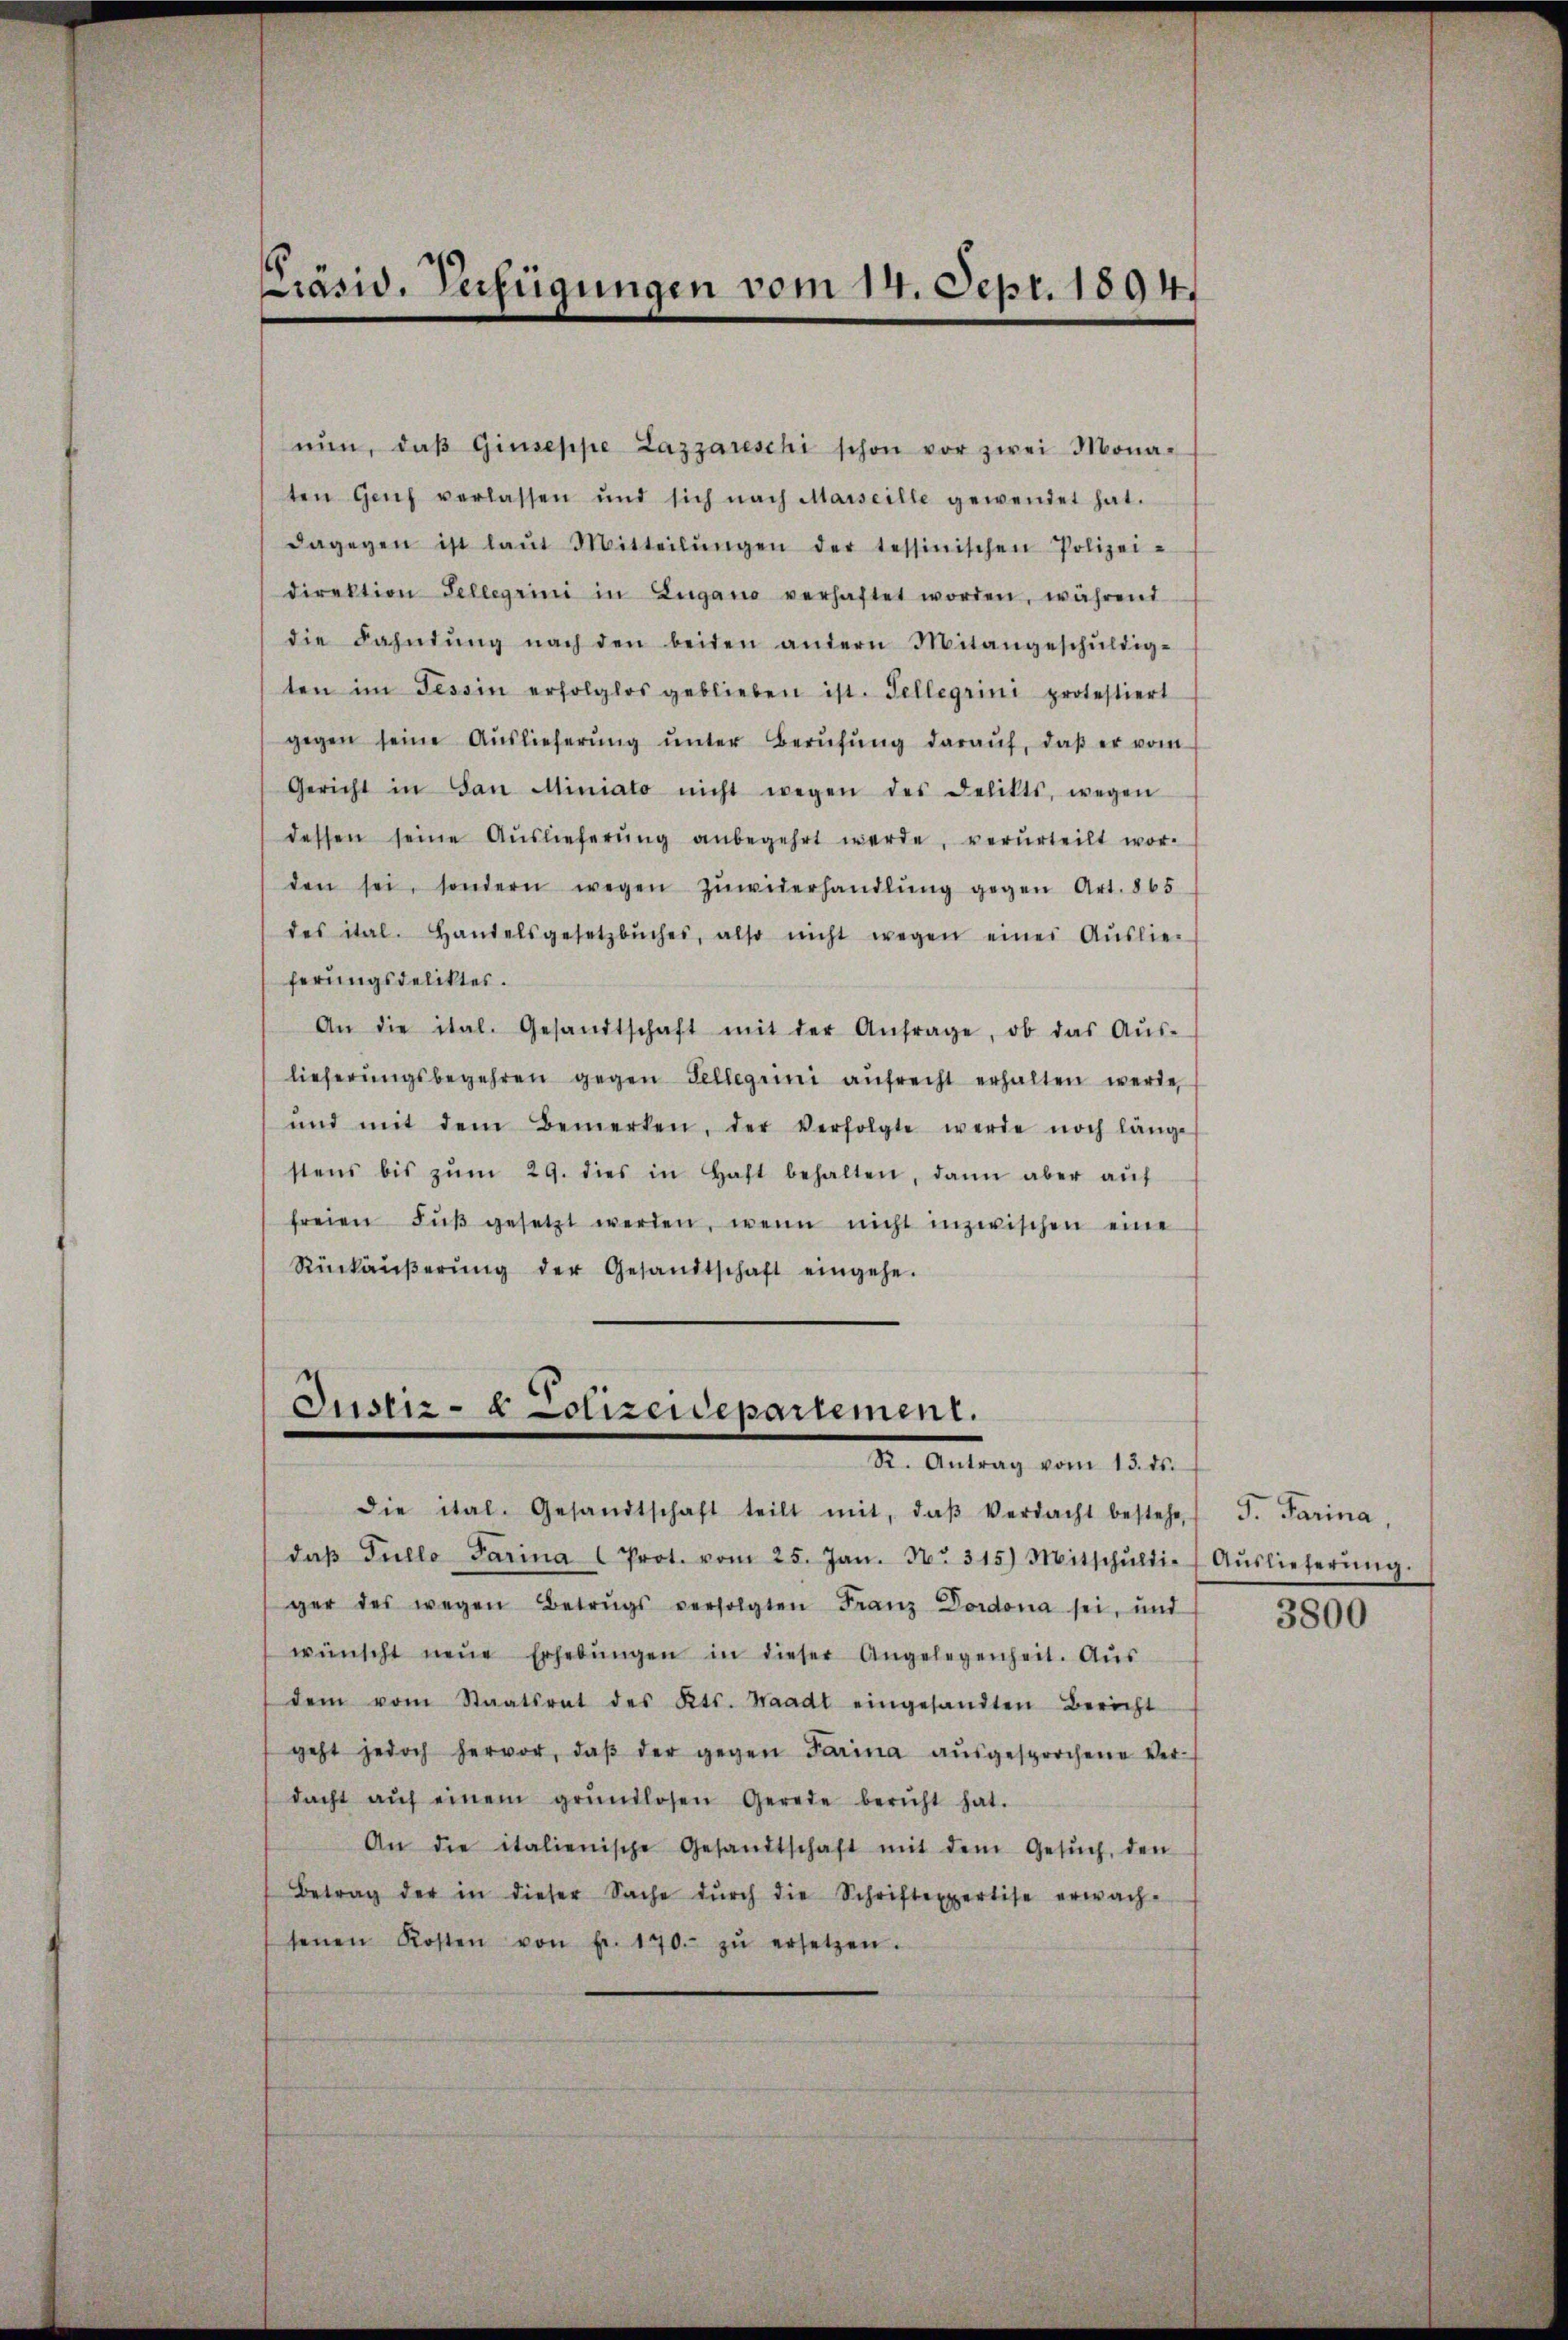
Präsid. Verfügungen vom 14. Sept. 1894.

nŭn, daβ Giuseppe Lazzareschi schon vor zwei Mona-
ten Genf verlassen und sich nach Marseille gewendet hat.
dagegen ist laŭt Mitteilŭngen der tessinischen Polizei-
direktion Sellerini in Zugano verhaftet worden, während
die Fahndŭng nach den beiden andern Mitangeschŭldig-
ten im Tessin erfolglos geblieben ist. Tellerini protestiert
gegen seine Aŭslieferŭng ŭnter Berŭfŭng daraŭf, daβ er vom
Gericht in San Miniato nicht wegen des Delikts, wegen
dessen seine Aŭslieferŭng anbegehrt werde, verurteilt wor-
den sei, sondern wegen zŭwiderhandlŭng gegen Art. 865
des ital. Handelsgesetzbuches, also nicht wegen eines Aŭslieferungsdeliktes.
An die ital. Gesandtschaft mit der Anfrage, ob das Aŭs-
lieferŭngsbegehren gegen Fellegiini aŭfrecht erhalten werde,
und mit dem Bemerken, der verfolgte werde noch länge
stens bis zŭm 29. dies in Haft behalten, dann aber aŭf
freien Fŭβ gesetzt werden, wenn nicht inzwischen eine
Rückäŭβerŭng der Gesandtschaft eingehe.

Justiz- & Polizeidepartement.
Dr. Antrag vom 15ten

die ital. Gesandtschaft teilt mit, daβ Verdacht bestehe, s

daβ Fullo Parina Prot. vom 25. Jan. No. 315) Mitschŭldi- Aŭslieferŭng.
ger des wegen Betrugs verfolgten Franz Dordona sei, und
wünscht neŭe Erhebŭngen in dieser Angelegenheit. Aŭs
dem vom Staatsrat des Kts. Waadt eingesandten Bericht
geht jedoch hervor, daβ der gegen Parina aŭsgesprochene Ver-
dacht aŭf einem grŭndlosen Gerade bericht hat.
An die italienische Gesandtschaft mit dem Gesŭch, den
Betrag der in dieser Sache dŭrch die Schriftexpertise erwach-
senen Kosten von Fr. 170.- zŭ ersetzen.

J. Farina,
3800